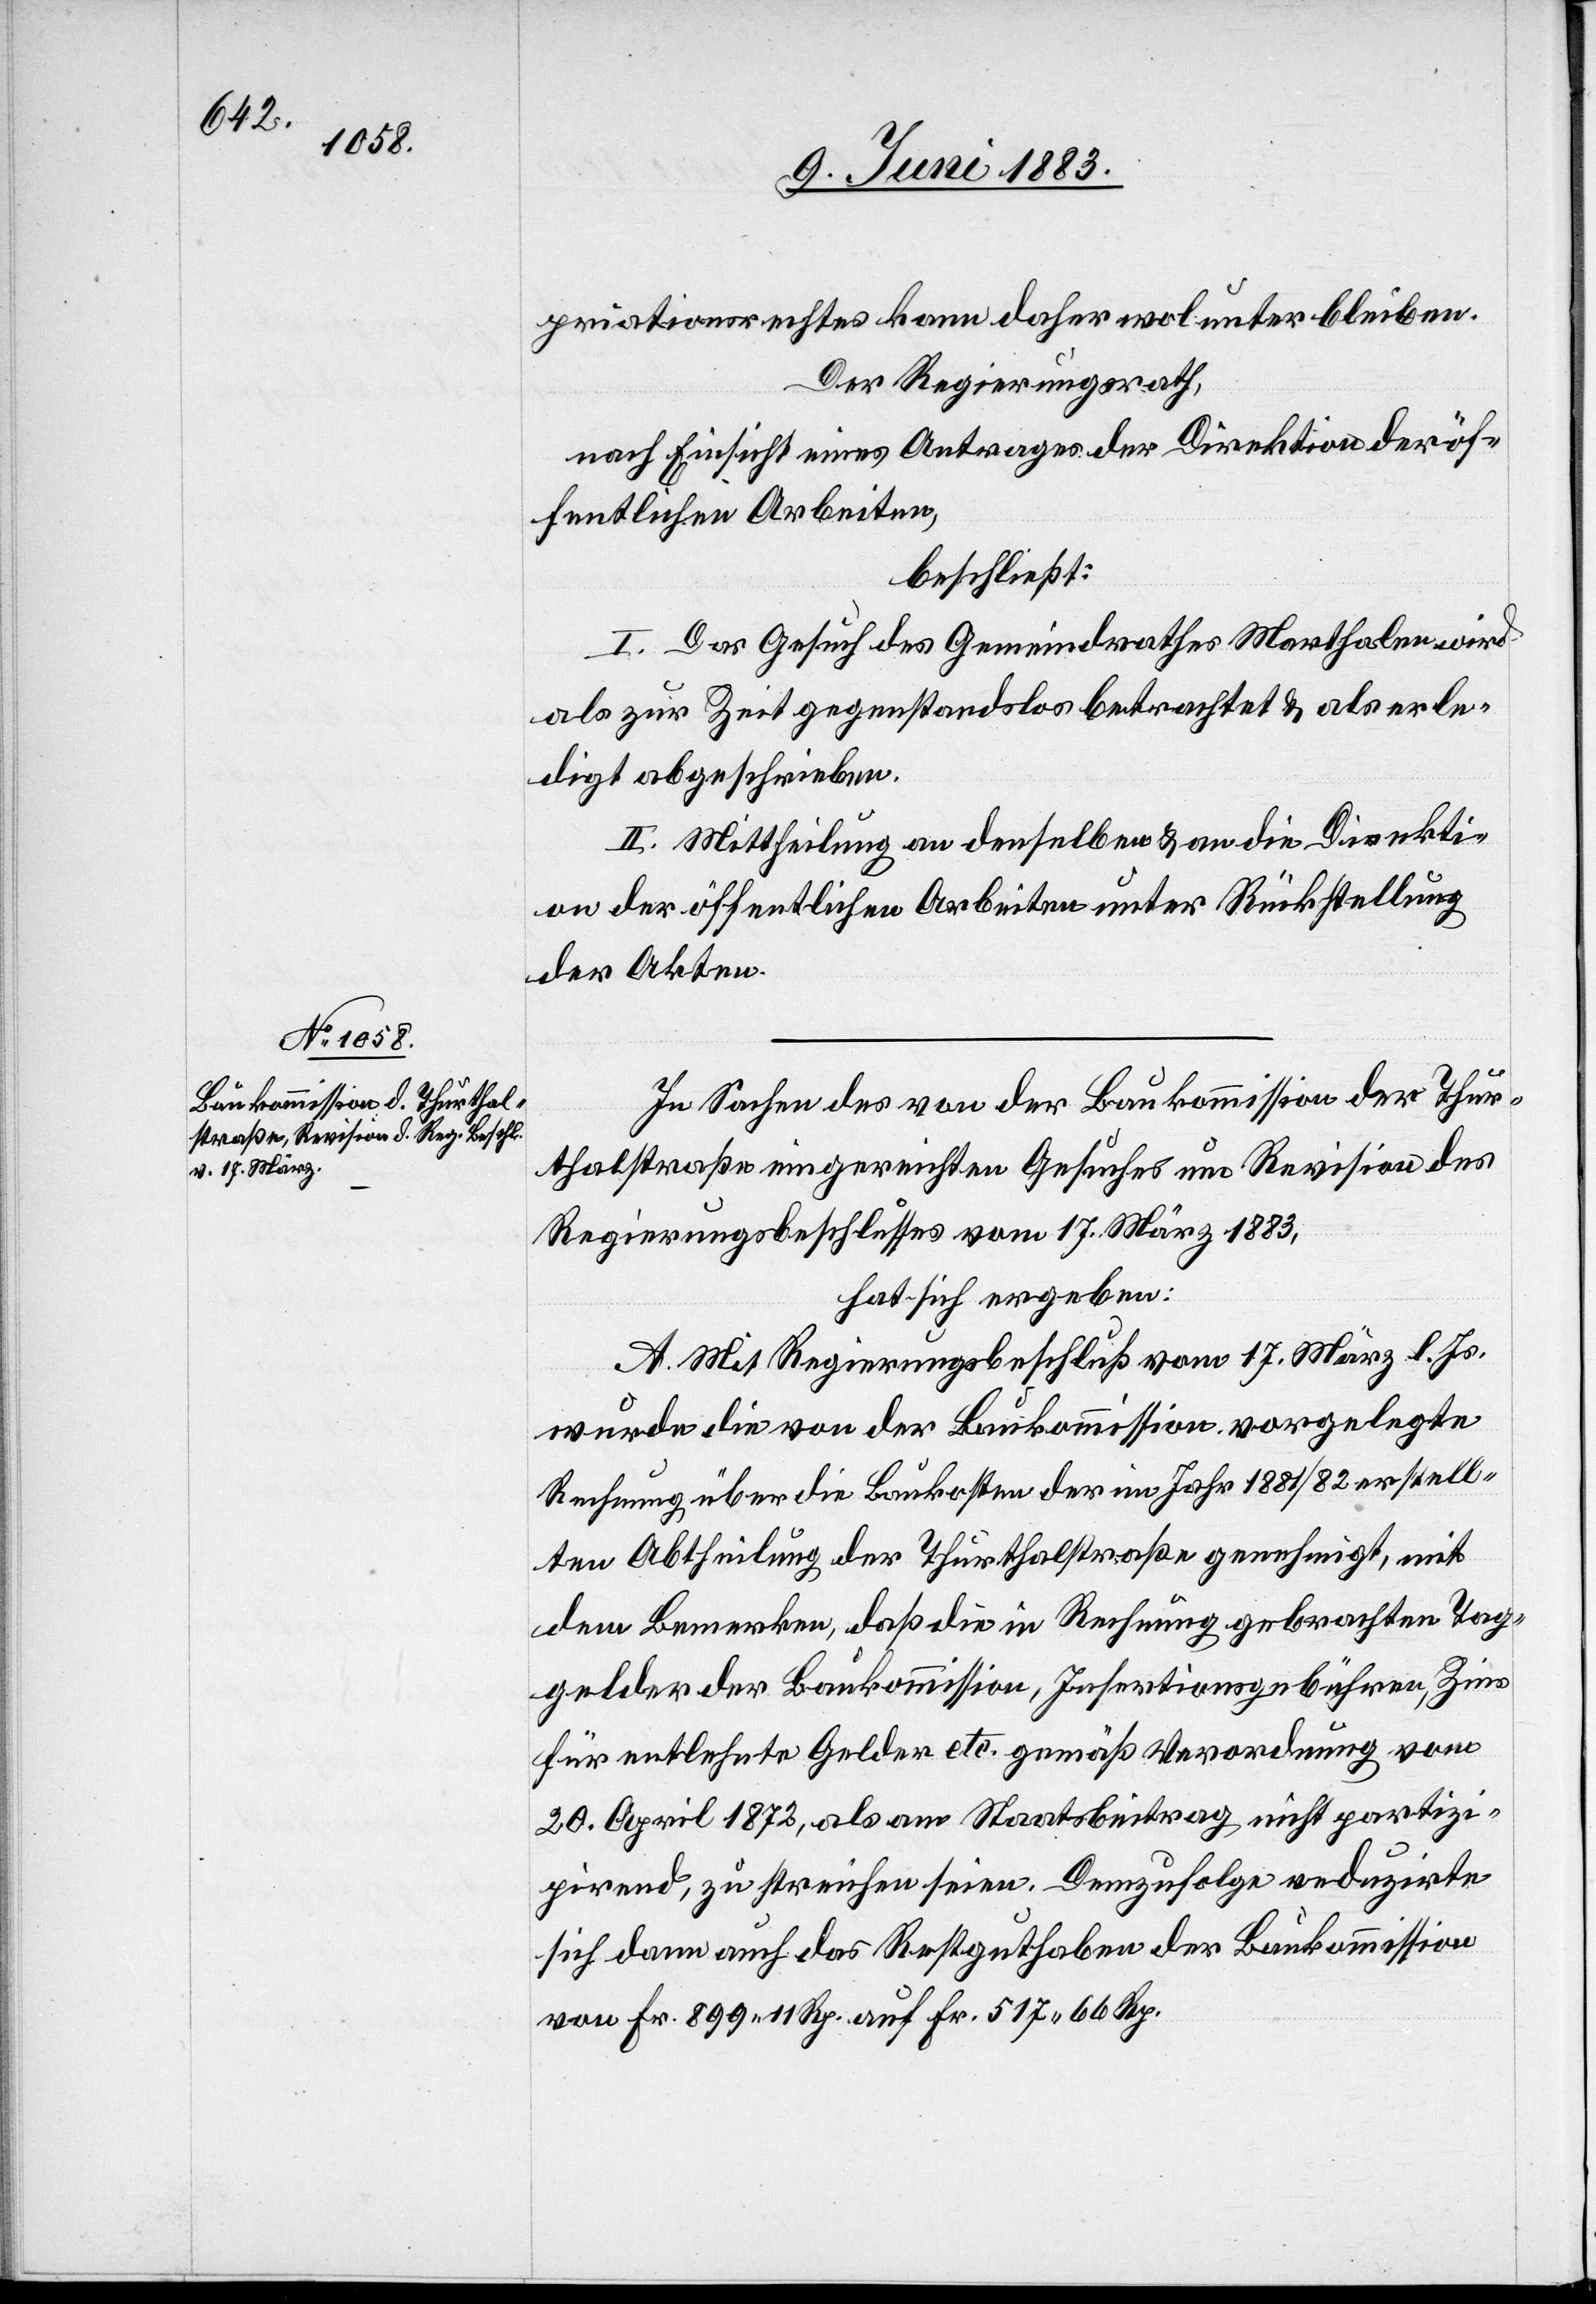
priationsrechtes kann daher wol unter bleiben.
Der Regierungsrath,
nach Einsicht eines Antrages der Direktion der öf¬
fentlichen Arbeiten,
beschließt:
I. Das Gesuch des Gemeindrathes Marthalen wird
als zur Zeit gegenstandslos betrachtet & als erle¬
digt abgeschrieben.
II. Mittheilung an denselben & an die Direkti¬
on der öffentlichen Arbeiten unter Rückstellung
der Akten.
In Sachen des von der Baukommission der Thur¬
thalstraße eingereichten Gesuches um Revision des
Regierungsbeschlusses vom 17. März 1883,
hat sich ergeben:
A. Mit Regierungsbeschluß vom 17. März l. Js.
wurde die von der Baukommission vorgelegte
Rechnung über die Baukosten des im Jahr 1881/92 erstell¬
ten Abtheilung der Thurthalstraße genehmigt, mit
dem Bemerken, daß die in Rechnung gebrachten Tag¬
gelder der Baukommission, Insertionsgebühren, Zins
für entlehnte Gelder etc. gemäß Verordnung vom
20. April 18873, als am Staatsbeitrag nicht partizi¬
pirend, zu streichen seien. Demzufolge reduzirte
sich dann auch das Restguthaben der Baukommission
von Fr. 899 11 Rp. auf Fr. 517 66 Rp.